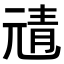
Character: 𩇖